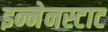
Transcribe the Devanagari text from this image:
इन्नेनस्टाट